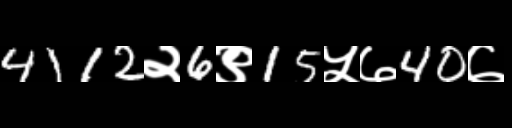
Text: 4112२6९15५७40७